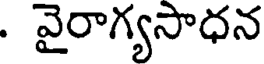
. వైరాగ్యసాధన